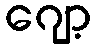
ဂျော့